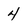
Character: 4